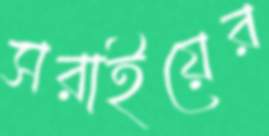
সরাইয়ের